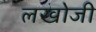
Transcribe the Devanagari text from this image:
लखोजी